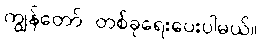
ကျွန်တော် တစ်ခုရေးပေးပါမယ်။